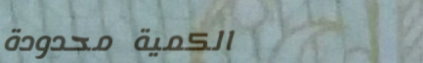
الكمية محدودة